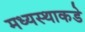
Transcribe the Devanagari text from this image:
मध्यस्थाकडे